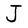
Character: J